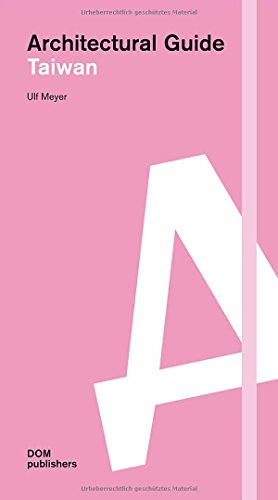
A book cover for Architectural Guide Taiwan; Ulf Meyer; Travel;